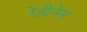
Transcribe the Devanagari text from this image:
रेडीनेस